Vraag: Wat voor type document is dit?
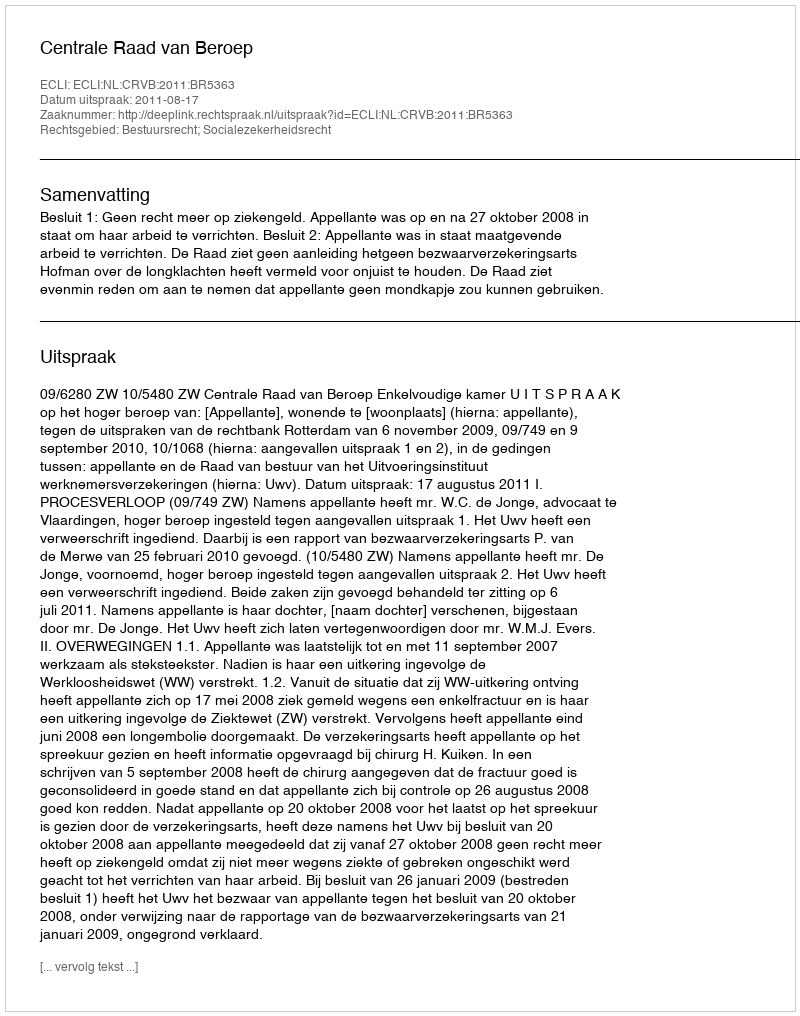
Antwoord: Uitspraak